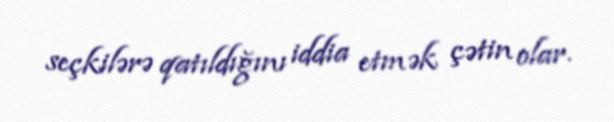
seçkilərə qatıldığını iddia etmək çətin olar.